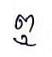
ឮ